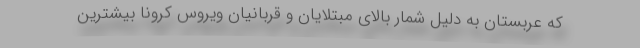
که عربستان به دلیل شمار بالای مبتلایان و قربانیان ویروس کرونا بیشترین